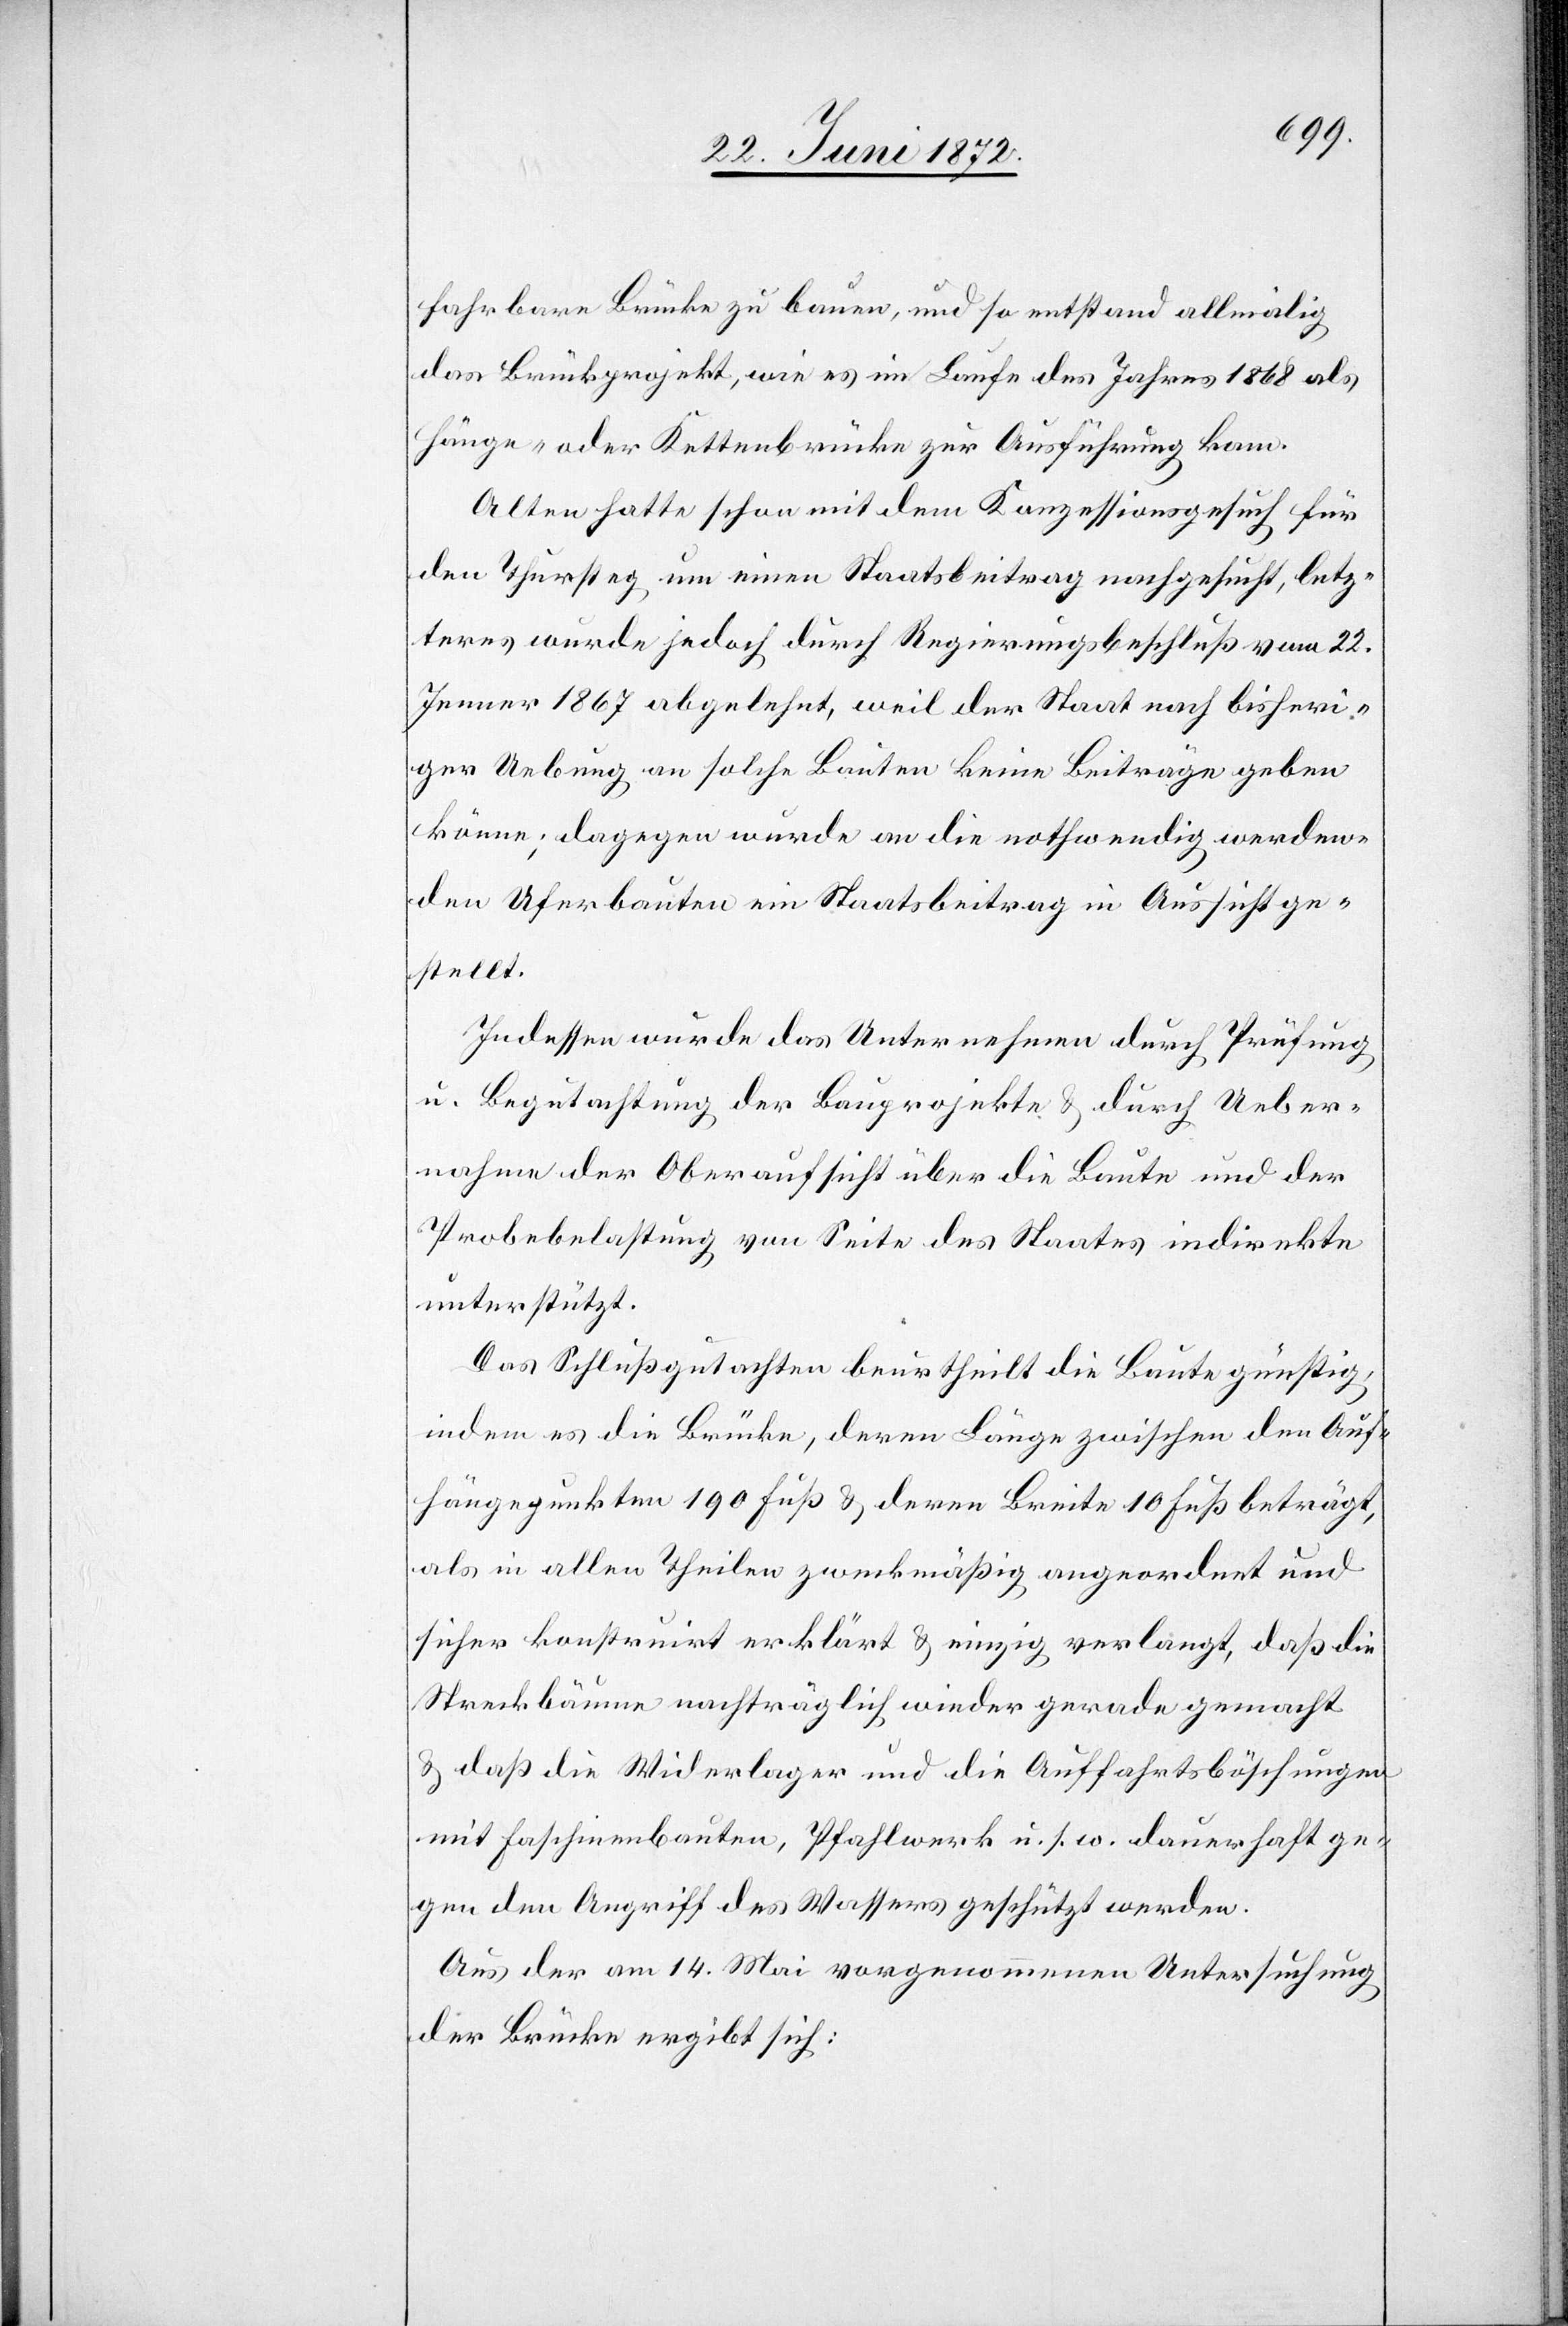
fahrbare Brücke zu bauen, und so entstand allmälig
das Brückprojekt, wie es im Laufe des Jahres 1868 als
Hänge- oder Kettenbrücke zur Ausführung kam.
Alten hatte schon mit dem Konzessionsgesuch für
den Thursteg um einen Staatsbeitrag nachgesucht, letz¬
teres wurde jedoch durch Regierungsbeschluß vom 22.
Jenner 1867 abgelehnt, weil der Staat nach bisheri¬
ger Uebung an solche Bauten keine Beiträge geben
könne; dagegen wurde an die nothwendig werden¬
den Uferbauten ein Staatsbeitrag in Aussicht ge¬
stellt.
Indessen wurde das Unternehmen durch Prüfung
u. Begutachtung der Bauprojekte u. durch Ueber¬
nahme der Oberaufsicht über die Baute und der
Probebelastung von Seite des Staates indirekte
unterstützt.
Das Schlußgutachten beurtheilt die Baute günstig,
indem es die Brücke, deren Länge zwischen den Auf¬
hängepunkten 190 Fuß u. deren Breite 10 Fuß beträgt,
als in allen Theilen zweckmäßig angeordnet und
sicher konstruirt erklärt u. einzig verlangt, daß die
Streckbäume nachträglich wieder gerade gemacht
u. daß die Widerlager und die Auffahrtsböschungen
mit Faschinenbauten, Pfahlwerk u. s. w. dauerhaft ge¬
gen den Angriff des Wassers geschützt werde.
Aus der am 14. Mai vorgenommenen Untersuchung
der Brücke ergibt sich: